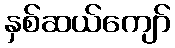
နှစ်ဆယ်ကျော်